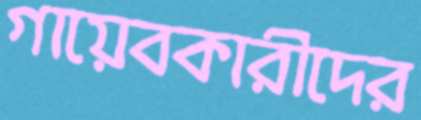
গায়েবকারীদের